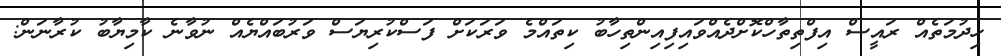
ހިދުމަތެއް ރައީސް އިފްތިތާހްކޮށްދެއްވައިފިއިންތިހާބު ކިތައްމެ ވަރަކަށް ފަސްކުރިޔަސް ވަރުބައްޔެއް ނުވާނެ ކާމިޔާބު ކުރާނަން: